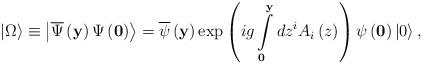
LaTeX: \begin{align*}\left| \Omega \right\rangle \equiv \left|\overline \Psi \left({\bf y} \right)\Psi \left( {\bf 0} \right) \right\rangle =\overline \psi \left( {\bf y} \right)\exp \left({ig\int\limits_{\bf 0}^{\bf y} {dz^i A_i \left( z \right)} }\right)\psi \left( {\bf 0} \right)\left| 0 \right\rangle ,\end{align*}